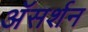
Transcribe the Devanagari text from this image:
अॅसर्शन